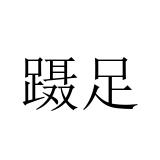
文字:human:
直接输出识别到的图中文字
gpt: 蹑足